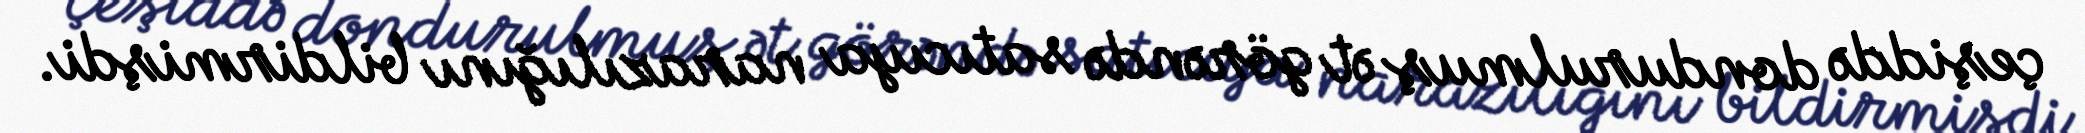
çeşiddə dondurulmuş ət görəndə satıcıya narazılığını bildirmişdi.